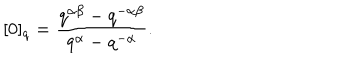
[ 0 ] _ { q } = \frac { q ^ { \alpha \beta } - q ^ { - \alpha \beta } } { q ^ { \alpha } - q ^ { - \alpha } } .